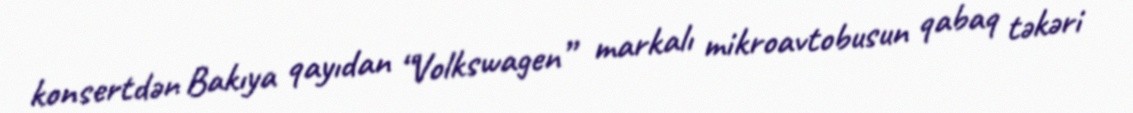
konsertdən Bakıya qayıdan “Volkswagen” markalı mikroavtobusun qabaq təkəri